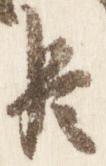
臣